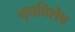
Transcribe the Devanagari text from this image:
नृपविशेष